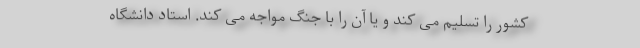
کشور را تسلیم می کند و یا آن را با جنگ مواجه می کند. استاد دانشگاه